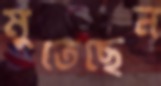
মুতেছেন